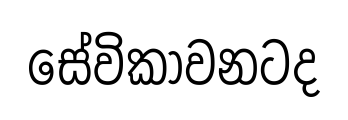
සේවිකාවනටද